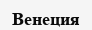
Венеция